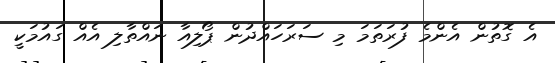
އެ ގޮތުން އެންމެ ފުރަތަމަ މި ސަރަހައްދުން ޕޯލިއާ ނައްތާލި އެއް ގައުމަކީ